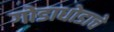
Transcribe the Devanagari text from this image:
गोडाधोडाचे